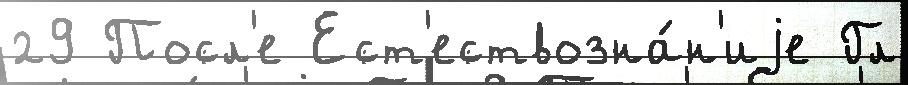
29 Посл'е Ест'ествозна́н'иjе Гл